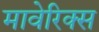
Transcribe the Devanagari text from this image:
मावेरिक्स